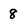
Character: 8